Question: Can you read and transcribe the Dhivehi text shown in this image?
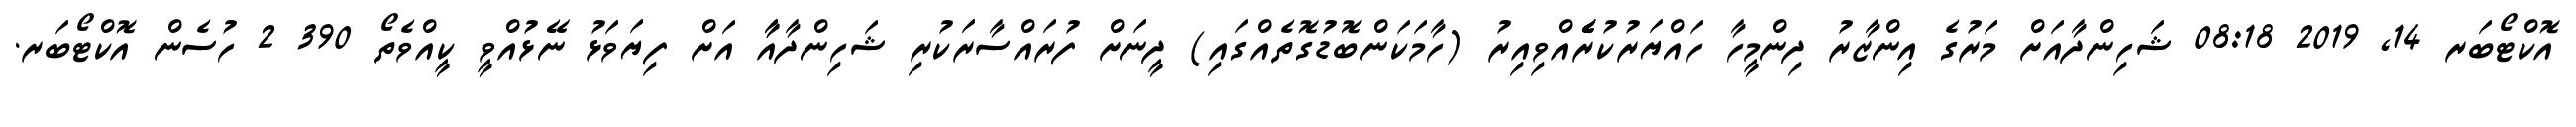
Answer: އޮކްޓޯބަރ 14, 2019 08:18 ޝަހިންދާއަށް މަރުގެ އިންޒާރު ދިންމީހާ ހައްޔަރުކުރެެެެެއްވިއިރު (ހާމަކަންބޮޑުގޮތެއްގައި) ދީނަށް ފުރައްސާރަކުރި ޝަހިންދާއާާ އަށް ފިޔަވަޅު ނޭޅުއްވީ ކީއްވެތޯ 390 2 ހުސެން އޮކްޓޯބަރ.